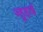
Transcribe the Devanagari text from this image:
ज्हुहाई